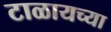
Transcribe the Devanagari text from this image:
टाळायच्या